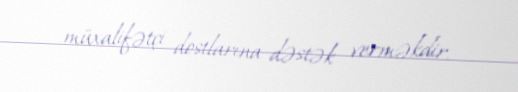
müxalifətçi dostlarına dəstək verməkdir.